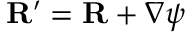
{ \bf R } ^ { \prime } = { \bf R } + \nabla \psi